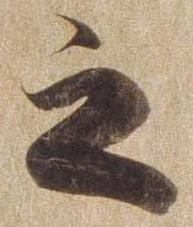
之